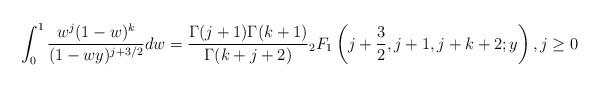
LaTeX: \begin{align*}\int_0^1 \frac{w^j(1-w)^{k}}{(1-wy)^{j+3/2}} dw = \frac{\Gamma(j+1)\Gamma(k+1)}{\Gamma(k+j+2)}{}_2F_1\left(j+\frac{3}{2}, j+1, j+k+2; y\right), j \geq 0\end{align*}